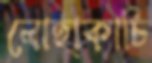
লোহাকাচি